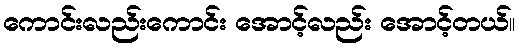
ကောင်းလည်းကောင်း အောင့်လည်း အောင့်တယ်။